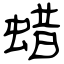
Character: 蜡